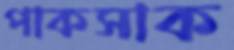
পাকসাক